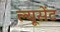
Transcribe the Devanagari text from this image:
ल्यूसेंट